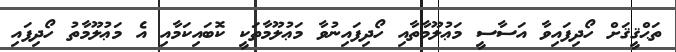
ތަޙްޤީޤަށް ހޯދިފައިވާ އަސާސީ މަޢުލޫމާތާއި ހޯދިފައިނުވާ މަޢުލޫމާތަކީ ކޮބައިކަމާއި އެ މަޢުލޫމާތު ހޯދިފައި